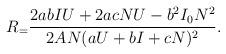
LaTeX: \begin{align*}R_={\frac{2abIU+2acNU-b^2I_0N^2}{2AN(aU+bI+cN)^2}}.\end{align*}